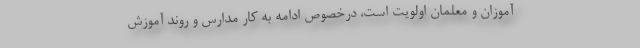
آموزان و معلمان اولویت است، درخصوص ادامه به کار مدارس و روند آموزش